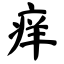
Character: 痒